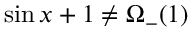
\sin x + 1 \not = \Omega _ { - } ( 1 )